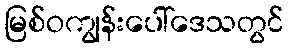
မြစ်ဝကျွန်းပေါ်ဒေသတွင်